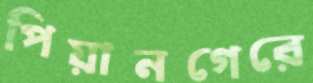
পিয়ানগেরে